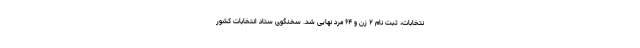
نتخابات، ثبت نام ۲ زن و ۶۴ مرد نهایی شد. سخنگوی ستاد انتخابات کشور